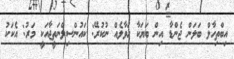
އިބްތިހާލް ބަލަން ޖެންޑާ އިން ބަޔަކާ ހަވާލެއް ނުކުރޭ: ކައުންސިލްނަތީޖާއަކީ މަރު: އެކަކު